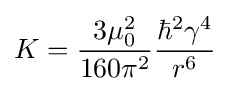
K={\frac {3\mu _{0}^{2}}{160\pi ^{2}}}{\frac {\hbar ^{2}\gamma ^{4}}{r^{6}}}